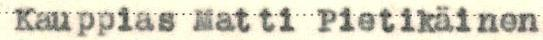
Kauppias Matti Pietikäinen